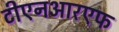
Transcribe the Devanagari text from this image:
टीएनआरएफ